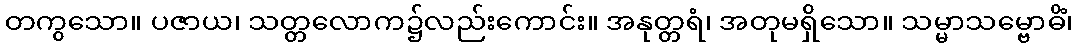
တကွသော။ ပဇာယ၊ သတ္တလောက၌လည်းကောင်း။ အနုတ္တရံ၊ အတုမရှိသော။ သမ္မာသမ္ဗောဓိံ၊